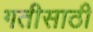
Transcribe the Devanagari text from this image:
गतीसाठी